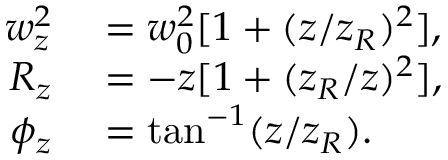
\begin{array} { r l } { w _ { z } ^ { 2 } } & { { } = w _ { 0 } ^ { 2 } [ 1 + ( z / z _ { R } ) ^ { 2 } ] , } \\ { R _ { z } } & { { } = - z [ 1 + ( z _ { R } / z ) ^ { 2 } ] , } \\ { \phi _ { z } } & { { } = \tan ^ { - 1 } ( z / z _ { R } ) . } \end{array}